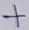
Text: +